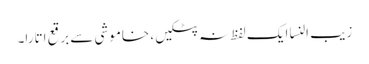
زیب النسا ایک لفظ نہ پٹکیں، خاموشی سے برقع اتارا۔